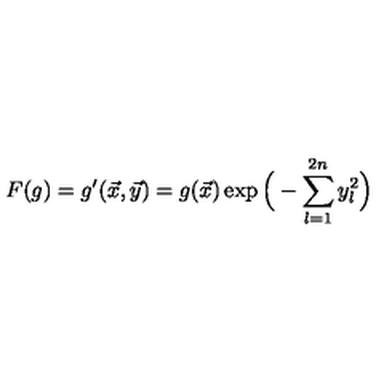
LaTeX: F ( g ) = g ^ { \prime } ( \vec { x } , \vec { y } ) = g ( \vec { x } ) \exp \Big ( - \sum _ { l = 1 } ^ { 2 n } y _ { l } ^ { 2 } \Big )